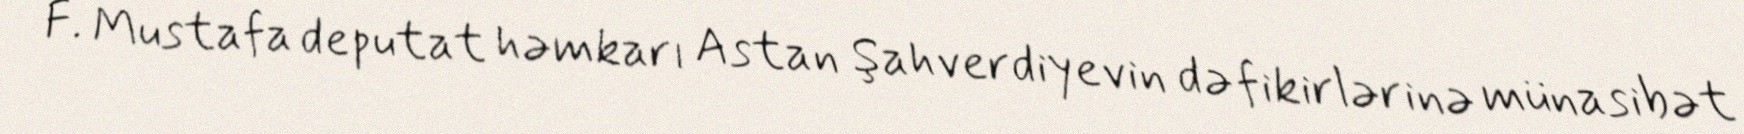
F. Mustafa deputat həmkarı Astan Şahverdiyevin də fikirlərinə münasibət